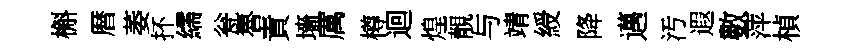
槲暦萎抔繻瓮魯責墻厲樽迴煌靚与靖綬降邁汚遐數萍楨